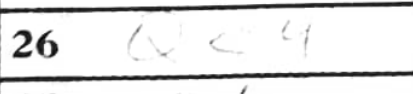
Transcription: Qc4